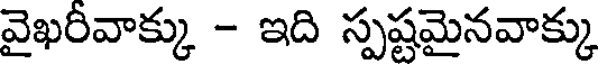
వైఖరివాక్కు - ఇది స్పష్టమైనవాక్కు